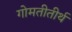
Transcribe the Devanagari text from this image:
गोमतीतीर्थ